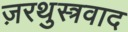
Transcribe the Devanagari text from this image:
ज़रथुस्त्रवाद